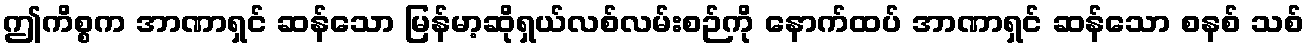
ဤကိစ္စက အာဏာရှင် ဆန်သော မြန်မာ့ဆိုရှယ်လစ်လမ်းစဉ်ကို နောက်ထပ် အာဏာရှင် ဆန်သော စနစ် သစ်